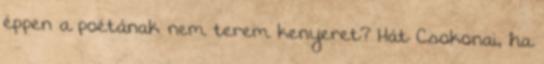
éppen a poétának nem terem kenyeret? Hát Csokonai, ha